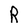
Character: R